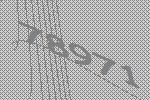
78971